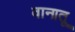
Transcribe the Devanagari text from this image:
वानातू